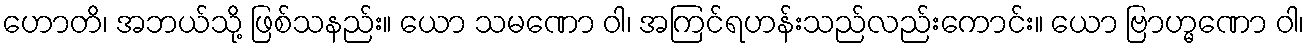
ဟောတိ၊ အဘယ်သို့ ဖြစ်သနည်း။ ယော သမဏော ဝါ၊ အကြင်ရဟန်းသည်လည်းကောင်း။ ယော ဗြာဟ္မဏော ဝါ၊